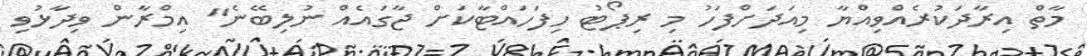
މާތް އިރާދަކުރެއްވިއްޔާ މިއަދަށްފަހު މި ރިޕޯޓު ހިފަހައްޓާކަށް ޖާގައެއް ނުލިބޭނެ" އިމްރާން ވިދާޅުވި